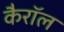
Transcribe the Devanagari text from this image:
कैरॉल